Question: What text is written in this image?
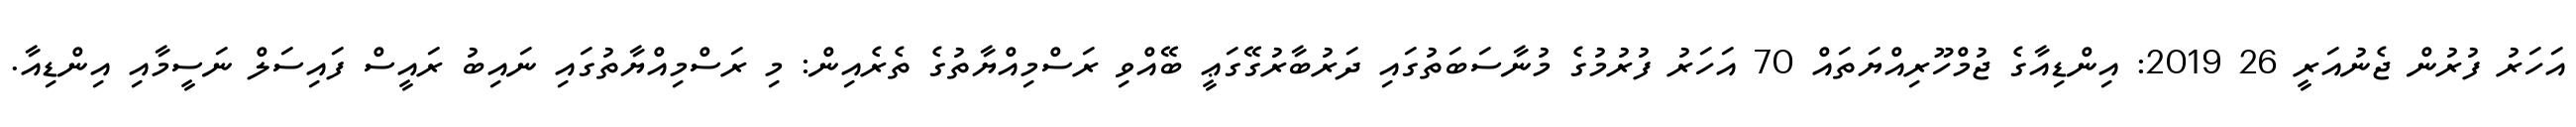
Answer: އަހަރު ފުރުން ޖެނުއަރީ 26 2019: އިންޑިއާގެ ޖުމްހޫރިއްޔަތައް 70 އަހަރު ފުރުމުގެ މުނާސަބަތުގައި ދަރުބާރުގޭގަޢީ ބޭއްވި ރަސްމިއްޔާތުގެ ތެރެއިން: މި ރަސްމިއްޔާތުގައި ނައިބު ރައީސް ފައިސަލް ނަސީމާއި އިންޑިއާ.